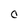
Character: C